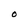
Character: O